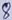
Text: 8